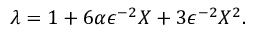
\lambda = 1 + 6 \alpha \epsilon ^ { - 2 } X + 3 \epsilon ^ { - 2 } X ^ { 2 } .